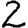
Digit: 2